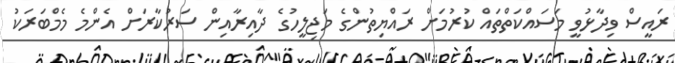
ރައީސް ވިދާޅުވީ މަސައްކަތްތައް ކުރުމަށް ރައްޔިތުންގެ މަޖިލީހުގެ ދާއިރާއިން ސަރުކާރަށް އެންމެ މެމްބަރަކު